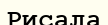
Рисала